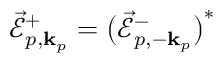
\vec { \mathcal { E } } _ { p , { \bf k } _ { p } } ^ { + } = \big ( \vec { \mathcal { E } } _ { p , - { \bf k } _ { p } } ^ { - } \big ) ^ { * }